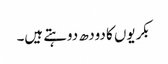
بکریوں کا دودھ دوہتے ہیں۔